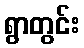
ရွာတွင်း